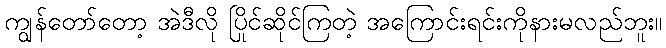
ကျွန်တော်တော့ အဲဒီလို ပြိုင်ဆိုင်ကြတဲ့ အကြောင်းရင်းကိုနားမလည်ဘူး။